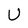
Character: U